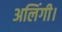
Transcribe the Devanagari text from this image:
अलिंगी।